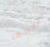
يتزوجها